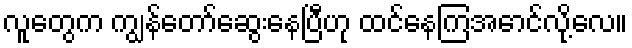
လူတွေက ကျွန်တော်ဆွေးနေပြီဟု ထင်နေကြအောင်လို့လေ။